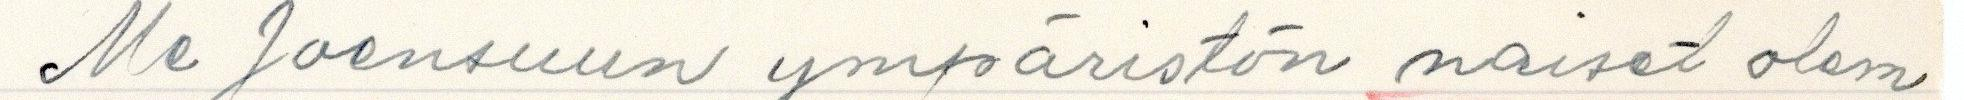
Me Joensuun ympäristön naiset olem